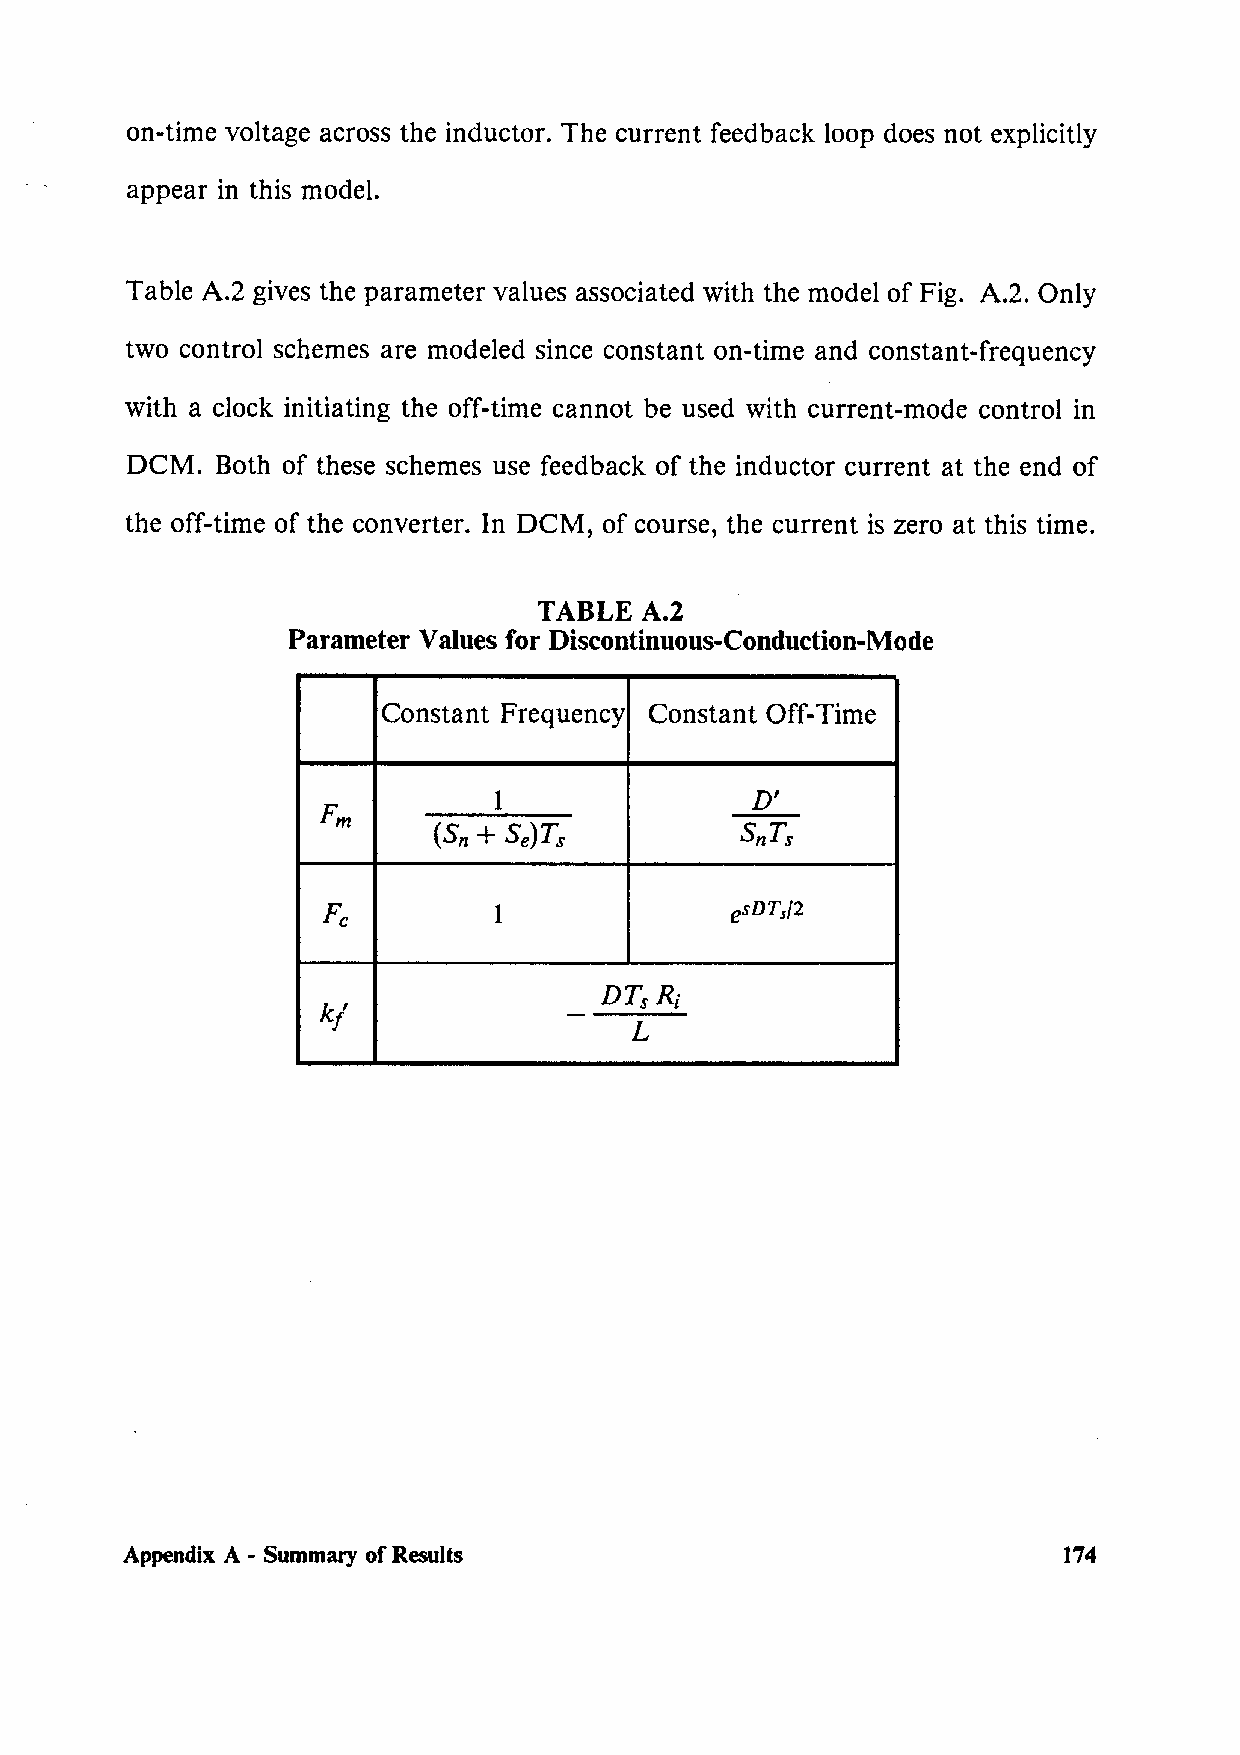
on-time voltage across the inductor. The current feedback loop does not explicitly
 appear in this model.
 Table A.2 gives the parameter values associated with the model of Fig. A.2. Only
 two control schemes are modeled since constant on-time and constant-frequency
 with a clock initiating the off-time cannot be used with current-mode control in
 DCM.  Both of these schemes use feedback of the inductor current at the end of
 the off-time of the converter. In DCM, of course, the current is zero at this time.
 TABLE A.2
 Parameter Va loes for Discontinuous-Conduction-Mode
 Constant Frequency Constant Off-Time
 1                D'
 Fm
 (Sn+ Se)Ts          SnTs
 esDTs/2
 Fe          1
 DTsRi
 k/              -
 L
 Appendix A - Summary of Results                               174